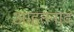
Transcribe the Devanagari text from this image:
आहतनाद